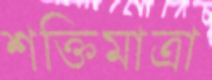
শক্তিমাত্রা